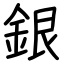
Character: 銀